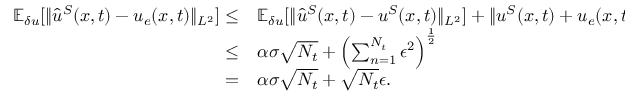
\begin{array} { r l r } { \mathbb { E } _ { \delta u } [ \| \hat { u } ^ { S } ( \boldsymbol { x } , t ) - u _ { e } ( \boldsymbol { x } , t ) \| _ { L ^ { 2 } } ] \le } & { { } \mathbb { E } _ { \delta u } [ \| \hat { u } ^ { S } ( \boldsymbol { x } , t ) - u ^ { S } ( \boldsymbol { x } , t ) \| _ { L ^ { 2 } } ] + \| u ^ { S } ( \boldsymbol { x } , t ) + u _ { e } ( \boldsymbol { x } , t ) \| _ { L _ { 2 } } } & { \quad { \scriptstyle ( \mathrm { ~ T ~ r ~ i ~ a ~ n ~ g ~ l ~ e ~ i ~ n ~ e ~ q ~ u ~ a ~ l ~ i ~ t ~ y ~ } ) } } \\ { \le } & { { } \alpha \sigma \sqrt { N _ { t } } + \left( \sum _ { n = 1 } ^ { N _ { t } } \epsilon ^ { 2 } \right) ^ { \frac { 1 } { 2 } } } & { \quad { \scriptstyle ( \mathrm { ~ L ~ e ~ m ~ m ~ a ~ ~ ~ a ~ n ~ d ~ L ~ e ~ m ~ m ~ a ~ ~ ~ } ) } } \\ { = } & { { } \alpha \sigma \sqrt { N _ { t } } + \sqrt { N _ { t } } \epsilon . } & { } \end{array}